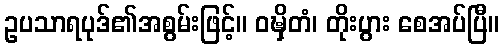
ဥပသာရပုဒ်၏အစွမ်းဖြင့်။ ဝဍ္ဎှိတံ၊ တိုးပွား စေအပ်ပြီ။